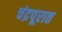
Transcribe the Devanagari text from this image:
चंद्रपूरात